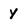
Character: y